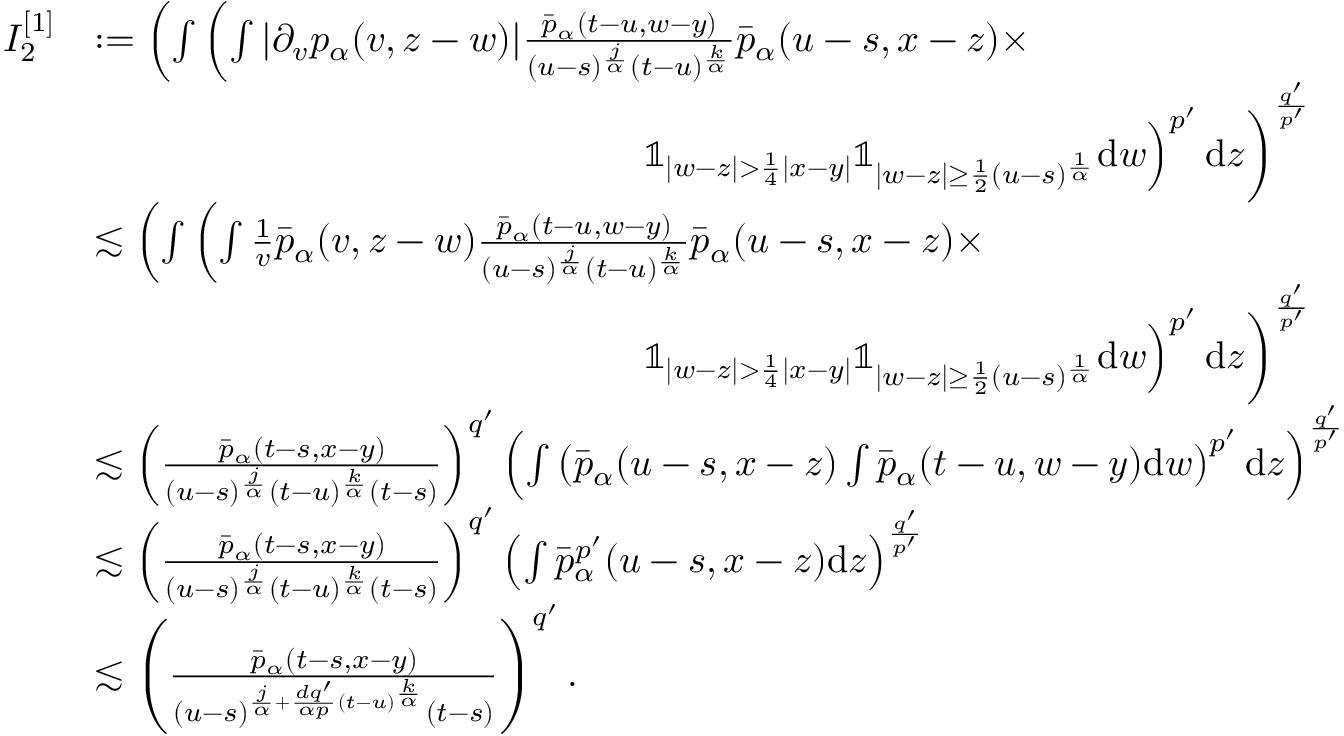
\begin{array} { r l } { I _ { 2 } ^ { [ 1 ] } } & { : = \left( \int \left( \int | \partial _ { v } p _ { \alpha } ( v , z - w ) | \frac { \bar { p } _ { \alpha } ( t - u , w - y ) } { ( u - s ) ^ { \frac { j } { \alpha } } ( t - u ) ^ { \frac { k } { \alpha } } } \bar { p } _ { \alpha } ( u - s , x - z ) \times \right. \right. } \\ & { \qquad \qquad \qquad \qquad \qquad \qquad \qquad \left. \left. \mathbb { 1 } _ { | w - z | > \frac { 1 } { 4 } | x - y | } \mathbb { 1 } _ { | w - z | \geq \frac { 1 } { 2 } ( u - s ) ^ { \frac { 1 } { \alpha } } } \mathrm { d } w \right) ^ { p ^ { \prime } } \mathrm { d } z \right) ^ { \frac { q ^ { \prime } } { p ^ { \prime } } } } \\ & { \lesssim \left( \int \left( \int \frac { 1 } { v } \bar { p } _ { \alpha } ( v , z - w ) \frac { \bar { p } _ { \alpha } ( t - u , w - y ) } { ( u - s ) ^ { \frac { j } { \alpha } } ( t - u ) ^ { \frac { k } { \alpha } } } \bar { p } _ { \alpha } ( u - s , x - z ) \times \right. \right. } \\ & { \qquad \qquad \qquad \qquad \qquad \qquad \qquad \left. \left. \mathbb { 1 } _ { | w - z | > \frac { 1 } { 4 } | x - y | } \mathbb { 1 } _ { | w - z | \geq \frac { 1 } { 2 } ( u - s ) ^ { \frac { 1 } { \alpha } } } \mathrm { d } w \right) ^ { p ^ { \prime } } \mathrm { d } z \right) ^ { \frac { q ^ { \prime } } { p ^ { \prime } } } } \\ & { \lesssim \left( \frac { \bar { p } _ { \alpha } ( t - s , x - y ) } { ( u - s ) ^ { \frac { j } { \alpha } } ( t - u ) ^ { \frac { k } { \alpha } } ( t - s ) } \right) ^ { q ^ { \prime } } \left( \int \left( \bar { p } _ { \alpha } ( u - s , x - z ) \int \bar { p } _ { \alpha } ( t - u , w - y ) \mathrm { d } w \right) ^ { p ^ { \prime } } \mathrm { d } z \right) ^ { \frac { q ^ { \prime } } { p ^ { \prime } } } } \\ & { \lesssim \left( \frac { \bar { p } _ { \alpha } ( t - s , x - y ) } { ( u - s ) ^ { \frac { j } { \alpha } } ( t - u ) ^ { \frac { k } { \alpha } } ( t - s ) } \right) ^ { q ^ { \prime } } \left( \int \bar { p } _ { \alpha } ^ { p ^ { \prime } } ( u - s , x - z ) \mathrm { d } z \right) ^ { \frac { q ^ { \prime } } { p ^ { \prime } } } } \\ & { \lesssim \left( \frac { \bar { p } _ { \alpha } ( t - s , x - y ) } { ( u - s ) ^ { \frac { j } { \alpha } + \frac { d q ^ { \prime } } { \alpha p } ( t - u ) ^ { \frac { k } { \alpha } } } ( t - s ) } \right) ^ { q ^ { \prime } } . } \end{array}